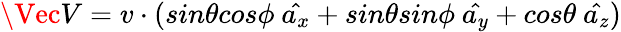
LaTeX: \Vec{V}=v\cdot(sin\theta cos\phi\ \hat{a_{x}}+sin\theta sin\phi\ \hat{a_{y}}+cos\theta\ \hat{a_{z}})